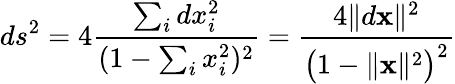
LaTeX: ds^{2}=4{\frac{\sum_{i}dx_{i}^{2}}{(1-\sum_{i}x_{i}^{2})^{2}}}={\frac{4\lVert d\mathbf{x}\rVert^{2}}{{\bigl(}1-\lVert\mathbf{x}\rVert^{2}{\bigr)}^{2}}}